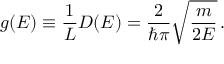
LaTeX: g ( E ) \equiv { \frac { 1 } { L } } D ( E ) = { \frac { 2 } { \hbar \pi } } { \sqrt { \frac { m } { 2 E } } } \, .